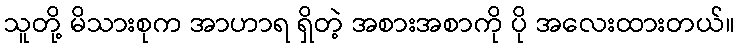
သူတို့ မိသားစုက အာဟာရ ရှိတဲ့ အစားအစာကို ပို အလေးထားတယ်။